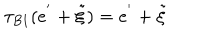
\tau _ { B 1 } ( e ^ { ' } + \tilde { \xi } ) = e ^ { ' } + \tilde { \xi }